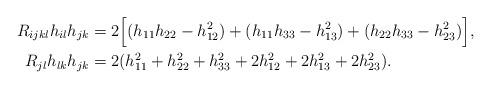
LaTeX: \begin{align*} R_{ijkl}h_{il}h_{jk}&=2\Big[(h_{11}h_{22}-h^2_{12})+(h_{11}h_{33}-h^2_{13})+(h_{22}h_{33}-h^2_{23})\Big], \\R_{jl}h_{lk}h_{jk}&=2(h_{11}^2+h_{22}^2+h_{33}^2+2h_{12}^2+2h_{13}^2+2h_{23}^2).\end{align*}